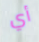
أي